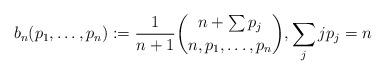
LaTeX: \begin{gather*}b_n(p_1,\ldots,p_n):={\frac{1}{n+1}} \binom{n+\sum p_j}{n,p_1, \ldots,p_n}, \sum_{j} j p_j =n\end{gather*}